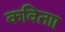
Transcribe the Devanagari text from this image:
कविताा